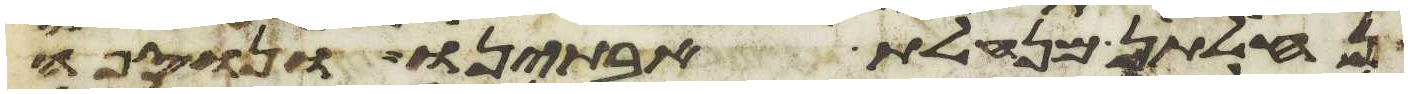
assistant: נחלתן מנחלת אבתינו ונוספה